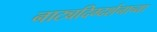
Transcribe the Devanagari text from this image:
नाट्यदिग्दर्शनाच्या